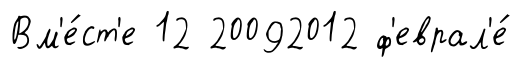
Вм'е́ст'е 12 20092012 ф'еврал'е́